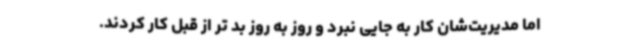
اما مدیریت‌شان کار به جایی نبرد و روز به روز بد تر از قبل کار کردند.